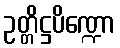
ဥတ္တိဋ္ဌပိဏ္ဍော